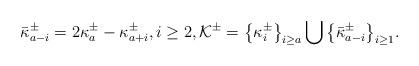
LaTeX: \begin{align*} \bar\kappa^{\pm}_{a-i}=2\kappa^{\pm}_{a}-\kappa^{\pm}_{a+i}, i\geq 2, \mathcal{K}^{\pm}= \big\{\kappa^{\pm}_{i}\big\}_{i\geq a}\bigcup\big\{\bar\kappa^{\pm}_{a-i}\big\}_{i\geq 1}. \end{align*}